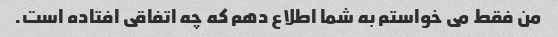
من فقط می خواستم به شما اطلاع دهم که چه اتفاقی افتاده است.